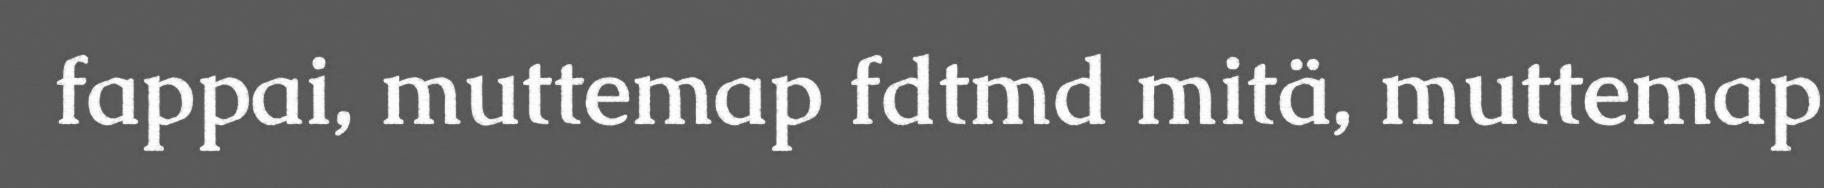
fappai, muttemap fdtmd mitä, muttemap